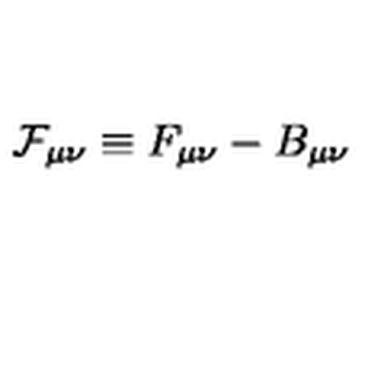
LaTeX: { \cal { F } } _ { \mu \nu } \equiv F _ { \mu \nu } - B _ { \mu \nu }